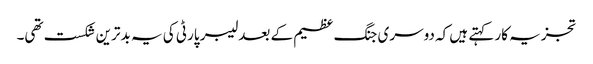
تجزیہ کار کہتے ہیں کہ دوسری جنگ عظیم کے بعد لیبر پارٹی کی یہ بدترین شکست تھی۔